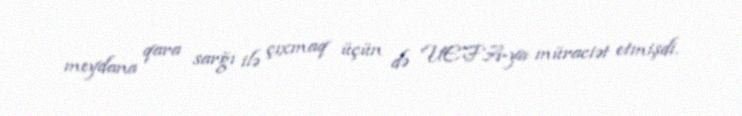
meydana qara sarğı ilə çıxmaq üçün də UEFA-ya müraciət etmişdi.